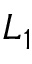
L _ { 1 }